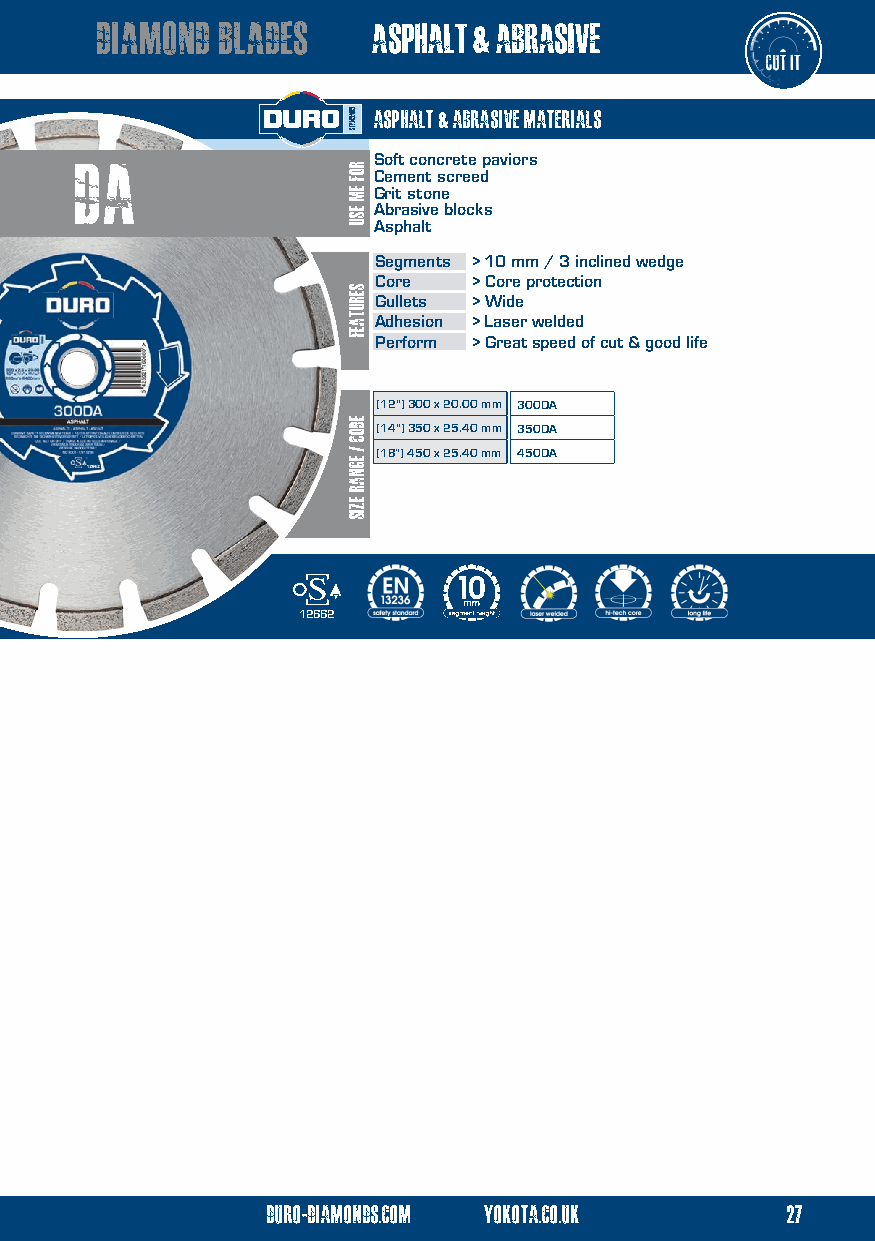
asphalt & abrasive diamond blades asphalt & abrasive
 asphalt & abrasive materials
 Da                  Soft concrete paviors
 Cement screed
 Grit stone
 Abrasive blocks
 Asphalt
 Segments > 10 mm / 3 inclined wedge
 Core  > Core protection
 Gullets > Wide
 Adhesion > Laser welded
 Perform > Great speed of cut & good life
 (12") 300 x 20.00 mm 300DA
 (14") 350 x 25.40 mm 350DA
 (18”) 450 x 25.40 mm 450DA
 12662
 duro-diamonds.com yokota.co.uk    27
 duro-diamonds.com yokota.co.uk      12
 ROF
 EM
 ESU
 serutaef
 eDOC
 /
 egnar
 ezis